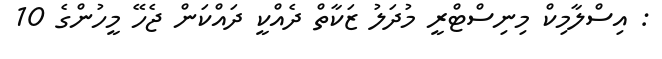
: އިސްލާމިކް މިނިސްޓްރީ މުދަލު ޒަކާތް ދެއްކީ ދައްކަން ޖެހޭ މީހުންގެ 10